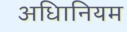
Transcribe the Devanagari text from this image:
अधिानियम